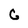
Character: c